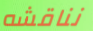
نناقشه